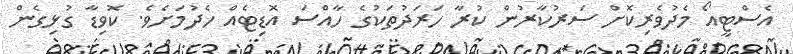
އެސްޓީއޯ މެދުވެރިކޮށް ސަރުކާރުން ކުރާ ހަރަދުތަކުގެ ހާއްސަ އޮޑިޓެއް ހެދުމަށެވެ. ކޮވިޑާ ގުޅިގެން